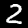
Digit: 2